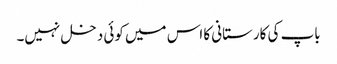
باپ کی کارستانی کا اس میں کوئی دخل نہیں۔